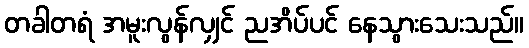
တခါတရံ အမူးလွန်လျှင် ညအိပ်ပင် နေသွားသေးသည်။